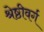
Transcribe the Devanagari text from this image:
श्रेष्ठीवर्ग